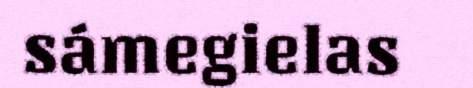
sámegielas